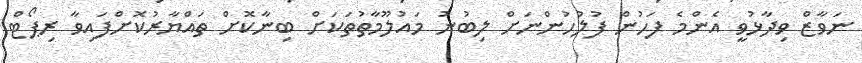
ނަވާޒް ވިދާޅުވީ އެންމެ ފަހުން ފުލުހުންނަށް ލިބުނު މައުލޫމާތުތަކަށް ބިނާކޮށް ތައްޔާރުކޮށްފައިވާ ރިޕޯޓް